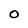
Character: O